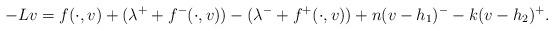
LaTeX: \begin{align*}-Lv=f(\cdot,v)+(\lambda^{+}+f^{-}(\cdot,v))-(\lambda^{-}+f^{+}(\cdot,v))+ n(v-h_{1})^{-}-k(v-h_{2})^{+}.\end{align*}